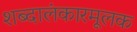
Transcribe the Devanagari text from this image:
शब्दालंकारमूलक